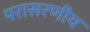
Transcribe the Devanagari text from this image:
परासरणीय